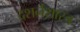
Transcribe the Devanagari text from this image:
दशर्नशास्त्र